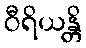
ဝီရိယန္တိ